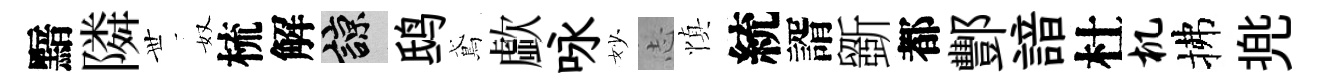
黯隣𠀍奴梳解諒鸱鳶歔咏妙𢖽慎統諝斵都酆諳杜机拂兠